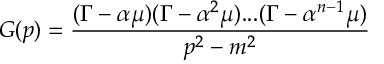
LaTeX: G ( p ) = \frac { ( \Gamma - \alpha \mu ) ( \Gamma - \alpha ^ { 2 } \mu ) . . . ( \Gamma - \alpha ^ { n - 1 } \mu ) } { p ^ { 2 } - m ^ { 2 } }